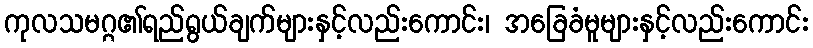
ကုလသမဂ္ဂ၏ရည်ရွယ်ချက်များနှင့်လည်းကောင်း၊ အခြေခံမူများနှင့်လည်းကောင်း